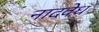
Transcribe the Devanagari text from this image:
नादवेध